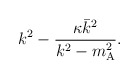
\begin{align*}k ^{2} - \frac{\kappa \bar{k} ^{2}}{k ^{2} - m _{\mathrm{A}} ^{2}} .\end{align*}